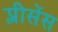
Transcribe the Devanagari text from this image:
प्लीसेंस